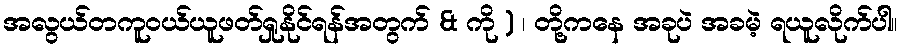
အလွယ်တကူဝယ်ယူဖတ်ရှုနိုင်ရန်အတွက် & ကို ) ၊ တို့ကနေ အခုပဲ အခမဲ့ ရယူလိုက်ပါ။